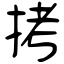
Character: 拷